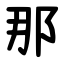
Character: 那